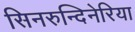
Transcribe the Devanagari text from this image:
सिनरुन्दिनेरिया